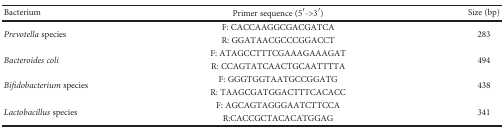
| Bacterium | Primer sequence (5′->3′) | Size (bp) |
 | --- | --- | --- |
 | <ROWSPAN=2> Prevotella species | F: CACCAAGGCGACGATCA | <ROWSPAN=2> 283 |
 | R: GGATAACGCCCGGACCT |
 | <ROWSPAN=2> Bacteroides coli | F: ATAGCCTTTCGAAAGAAAGAT | <ROWSPAN=2> 494 |
 | R: CCAGTATCAACTGCAATTTTA |
 | <ROWSPAN=2> Bifidobacterium species | F: GGGTGGTAATGCCGGATG | <ROWSPAN=2> 438 |
 | R: TAAGCGATGGACTTTCACACC |
 | <ROWSPAN=2> Lactobacillus species | F: AGCAGTAGGGAATCTTCCA | <ROWSPAN=2> 341 |
 | R:CACCGCTACACATGGAG |